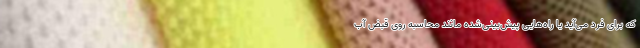
که برای فرد می‌آید یا راه‌هایی پیش‌بینی‌شده مانند محاسبه روی قبض آب